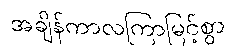
အချိန်ကာလကြာမြင့်စွာ